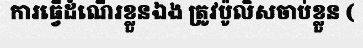
ការធ្វើដំណើរខ្លួនឯង ត្រូវប៉ូលិសចាប់ខ្លួន (